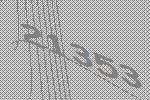
21353